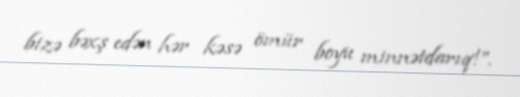
bizə bəxş edən hər kəsə ömür boyu minnətdarıq!”.